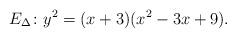
LaTeX: \begin{align*}E_\Delta\colon y^2=(x+3)(x^2-3x+9).\end{align*}